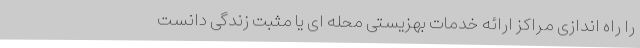
را راه اندازی مراکز ارائه خدمات بهزیستی محله ای یا مثبت زندگی دانست